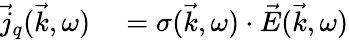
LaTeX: \begin{array}{rl}{\vec{j}_{q}(\vec{k},\omega)}&{{}=\mathbf{\sigma}(\vec{k},\omega)\cdot\vec{E}(\vec{k},\omega)}\end{array}